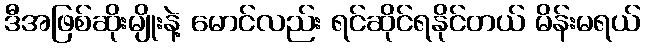
ဒီအဖြစ်ဆိုးမျိုးနဲ့ မောင်လည်း ရင်ဆိုင်ရနိုင်တယ် မိန်းမရယ်